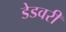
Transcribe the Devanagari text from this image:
डेडवरी